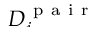
\smash { D _ { i } ^ { \mathrm { ~ p ~ a ~ i ~ r ~ } } }